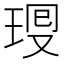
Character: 𤥜